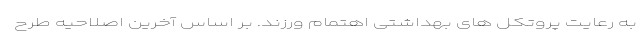
به رعایت پروتکل های بهداشتی اهتمام ورزند. بر اساس آخرین اصلاحیه طرح